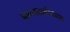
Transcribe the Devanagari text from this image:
बालस्वातंत्र्याला